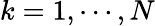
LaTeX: k=1,\cdots,N